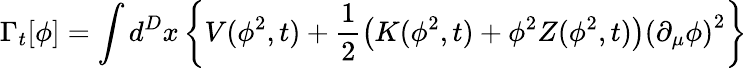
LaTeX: \Gamma_{t}[\phi]=\int d^{D}x\left\{ V(\phi^{2},t)+\frac{1}{2}\left(K(\phi^{2},t)+\phi^{2}Z(\phi^{2},t)\right)\left(\partial_{\mu}\phi\right)^{2}\right\}